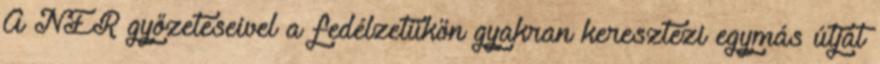
A NER győzeteseivel a fedélzetükön gyakran keresztezi egymás útját